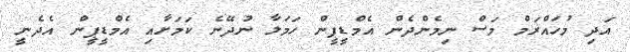
އަދި މުހައްރަމް މަސް ނިމެންދެން އެމްޑީޕީން ހަމަލާ ނުދޭނެ ކަމަށާއި އެމްޑީޕީން އެދެނީ